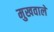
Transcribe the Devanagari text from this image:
मुखवाले